Indian journal of veterinary science and animal husbandry - Volumes 18-21, 1948-1951
Year: 1948
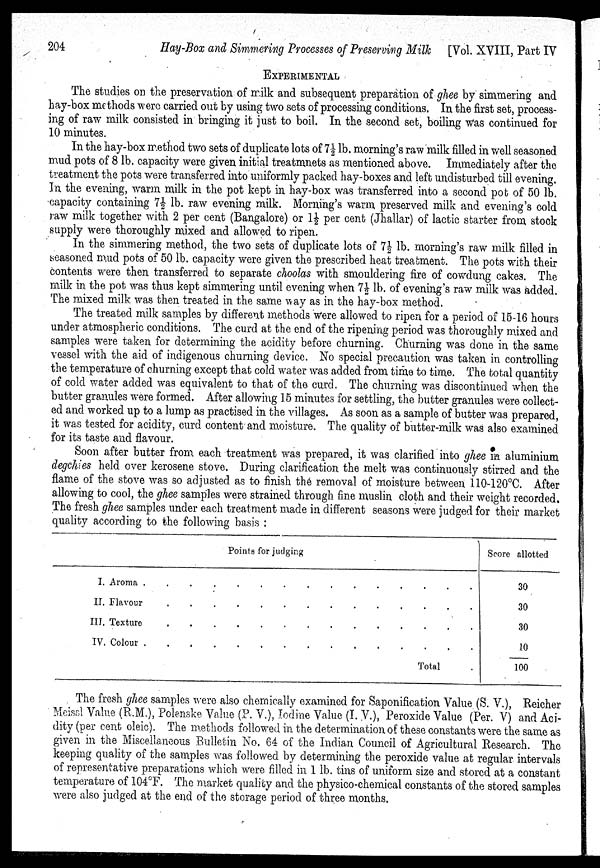
204
Hay-Box and Simmering Processes of Preserving Milk
[Vol. XVIII, Part IV
EXPERIMENTAL
The studies on the preservation of milk and subsequent preparation of ghee by simmering and
hay-box methods were carried out by using two sets of processing conditions. In the first set, process-
ing of raw milk consisted in bringing it just to boil. In the second set, boiling Was continued for
10 minutes.
In the hay-box method two sets of duplicate lots of 7½ lb. morning's raw milk filled in well seasoned
mud pots of 8 lb. capacity were given initial treatmnets as mentioned above. Immediately after the
treatment the pots were transferred into uniformly packed hay-boxes and left undisturbed till evening.
In the evening, warm milk in the pot kept in hay-box was transferred into a second pob of 50 lb.
capacity containing 7½ lb. raw evening milk. Morning's warm preserved milk and evening's cold
raw milk together with 2 per cent (Bangalore) or 1½ per cent (Jhallar) of lactic starter from stock
supply were thoroughly mixed and allowed to ripen.
In the simmering method, the two sets of duplicate lots of 7½ lb. morning's raw milk filled in
seasoned mud pots of 50 lb. capacity were given the prescribed heat treatment. The pots with their
contents were then transferred to separate choolas with smouldering fire of cowdung cakes. The
milk in the pot was thus kept simmering until evening when 7½ lb. of evening's raw milk was added.
The mixed milk was then treated in the same way as in the hay-box method.
The treated milk samples by different methods were allowed to ripen for a period of 15-16 hours
under atmospheric conditions. The curd at the end of the ripening period was thoroughly mixed and
samples were taken for determining the acidity before churning. Churning was done in the same
vessel with the aid of indigenous churning device. No special precaution was taken in controlling
the temperature of churning except that cold water was added from time to time. The total quantity
of cold water added was equivalent to that of the curd. The churning was discontinued when the
butter granules were formed. After allowing 15 minutes for settling, the butter granules were collect-
ed and worked up to a lump as practised in the villages. As soon as a sample of butter was prepared,
it was tested for acidity, curd content and moisture. The quality of butter-milk was also examined
for its taste and flavour.
Soon after butter from each treatment was prepared, it was clarified into ghee in aluminium
degchies held over kerosene stove. During clarification the melt was continuously stirred and the
flame of the stove was so adjusted as to finish the removal of moisture between 110-120°C. After
allowing to cool, the ghee samples were strained through fine muslin cloth and their weight recorded.
The fresh ghee samples under each treatment made in different seasons were judged for their market
quality according to the following basis :
Points for judging
I. Aroma . . . . . . . . . . . . . .
II. Flavour . . . . . . . . . . . . . .
III. Texture . . . . . . . . . . . . . .
IV. Colour
.
.
.
.
.
.
.
.
.
.
.
.
.
.
Total .
Score allotted
30
30
30
10
100
The fresh ghee samples were also chemically examined for Saponification Value (S. V.), Reicher
Meissl Value (R.M.), Polenske Value (P. V.), Iodine Value (I. V.), Peroxide Value (Per. V) and Aci-
dity (per cent oleic). The methods followed in the determination of these constants were the same as
given in the Miscellaneous Bulletin No. 64 of the Indian Council of Agricultural Research. The
keeping quality of the samples was followed by determining the peroxide value at regular intervals
of representative preparations which were filled in 1 lb. tins of uniform size and stored at a constant
temperature of 104°F. The market quality and the physico-chemical constants of the stored samples
were also judged at the end of the storage period of three months.